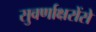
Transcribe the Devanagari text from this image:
सुवर्णाक्षरोंसे